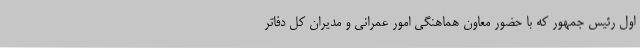
اول رئیس جمهور که با حضور معاون هماهنگی امور عمرانی و مدیران کل دفاتر